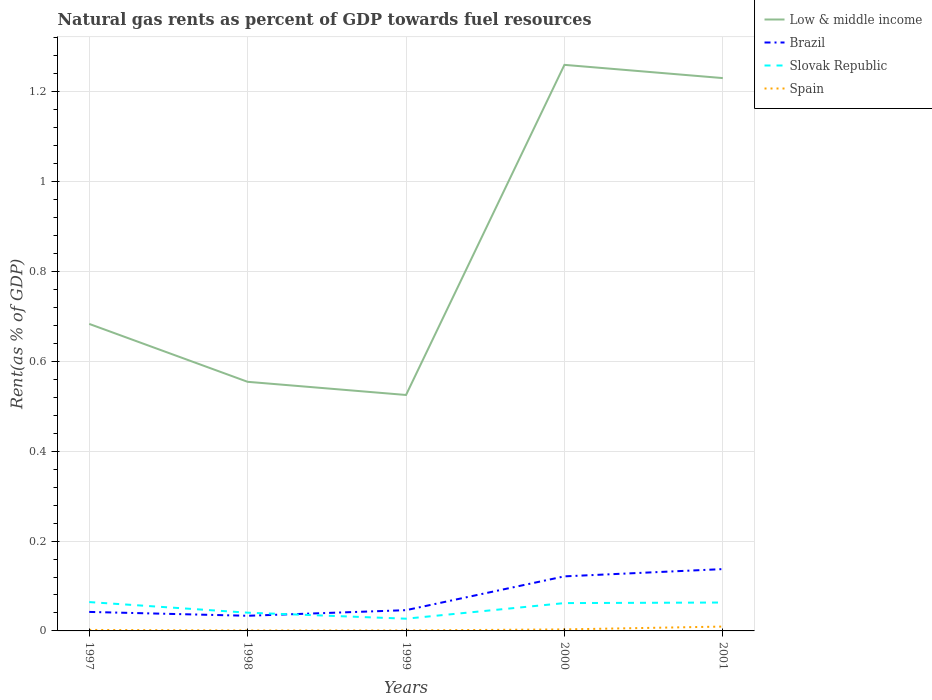
| Years | Low & middle income | Brazil | Slovak Republic | Spain |
 | --- | --- | --- | --- | --- |
 | 1997 | 0.683 | 0.0423 | 0.0642 | 0.00221 |
 | 1998 | 0.554 | 0.0337 | 0.0406 | 0.00101 |
 | 1999 | 0.525 | 0.0462 | 0.0272 | 0.00104 |
 | 2000 | 1.26 | 0.121 | 0.0619 | 0.00337 |
 | 2001 | 1.23 | 0.138 | 0.0632 | 0.00969 |